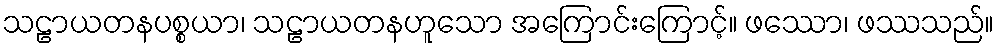
သဠာယတနပစ္စယာ၊ သဠာယတနဟူသော အကြောင်းကြောင့်။ ဖဿော၊ ဖဿသည်။